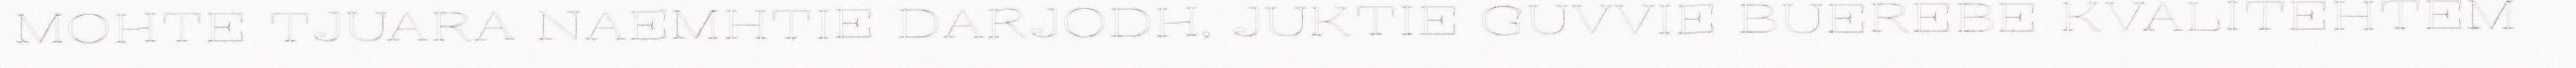
MOHTE TJUARA NAEMHTIE DARJODH, JUKTIE GUVVIE BUEREBE KVALITEHTEM